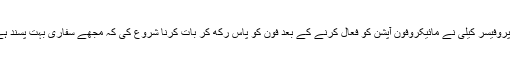
اپنے اس تشویشناک مفروضے کو ثابت کرنے کے لیے پروفیسر کیلی نے مائیکروفون آپشن کو فعال کرنے کے بعد فون کو پاس رکھ کر بات کرنا شروع کی کہ مجھے سفاری بہت پسند ہے، میری خواہش ہے کبھی سفاری دیکھنے افریقہ جاؤں۔